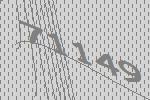
71149